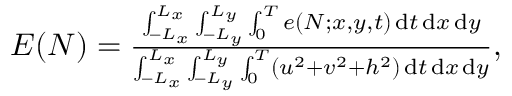
\begin{array} { r } { E ( N ) = \frac { \int _ { - L _ { x } } ^ { L _ { x } } \int _ { - L _ { y } } ^ { L _ { y } } \int _ { 0 } ^ { T } e ( N ; x , y , t ) \, \mathrm { d } t \, \mathrm { d } x \, \mathrm { d } y } { \int _ { - L _ { x } } ^ { L _ { x } } \int _ { - L _ { y } } ^ { L _ { y } } \int _ { 0 } ^ { T } ( u ^ { 2 } + v ^ { 2 } + h ^ { 2 } ) \, \mathrm { d } t \, \mathrm { d } x \, \mathrm { d } y } , } \end{array}